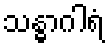
သန္ဓာဂါရံ